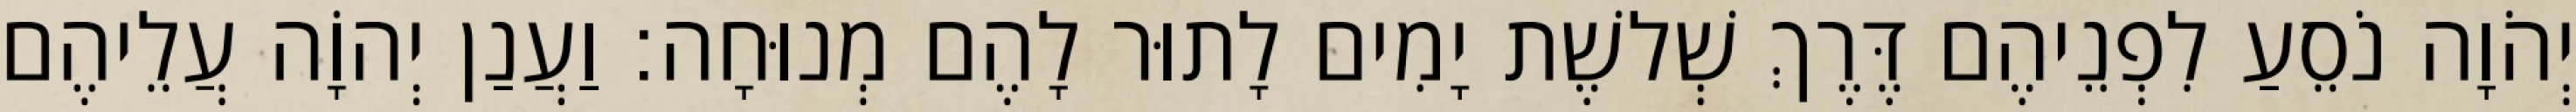
יְהֹוָה נֹסֵעַ לִפְנֵיהֶם דֶּרֶךְ שְׁלשֶׁת יָמִים לָתוּר לָהֶם מְנוּחָה׃ וַעֲנַן יְהוָֹה עֲלֵיהֶם